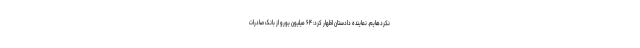
نکردهایم. نماینده دادستان اظهار کرد: ۶۴ میلیون یورو از بانک صادرات